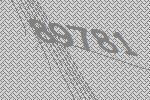
89781